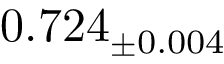
0 . 7 2 4 _ { \pm 0 . 0 0 4 }